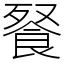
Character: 䬸